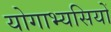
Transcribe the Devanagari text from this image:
योगाभ्यसियों